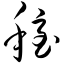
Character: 稳